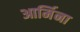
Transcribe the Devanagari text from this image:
आर्मिना